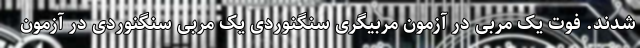
شدند. فوت یک مربی در آزمون مربیگری سنگنوردی یک مربی سنگنوردی در آزمون